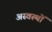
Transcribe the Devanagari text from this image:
अस्वस्थों